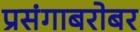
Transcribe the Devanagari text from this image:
प्रसंगाबरोबर